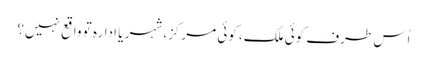
اُس طرف کوئی ملک، کوئی مرکز، شہر یا ادارہ تو واقع نہیں؟